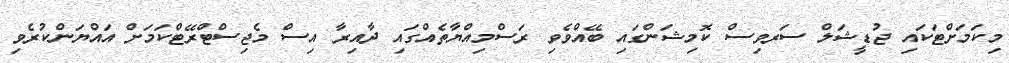
މިކަމަށްޓަކައި ޖުޑީޝަލް ސަރވިސް ކޮމިޝަންގައި ބޭއްވެވި ރަސްމިއްޔާތެއްގައި ދާއިރާ އިސް މެޖިސްޓްރޭޓްކަމަށް އައްޔަންކުރެވި